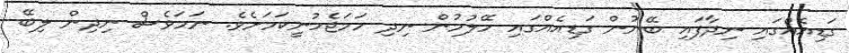
ގަޑިއެއްގައި ނިދާފައި ބޭނުން ގަޑިއެއްގައި ހޭލުމުން ނިދި ހަމަޖެހުނީކަމަށެވެ. ނަމަވެސް ނިދިން ލިބޭ